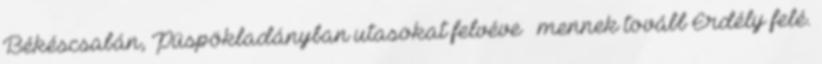
Békéscsabán, Püspökladányban utasokat felvéve – mennek tovább Erdély felé.